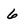
Character: 6